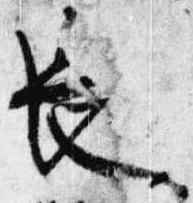
長